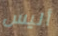
أليس